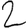
Digit: 2